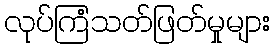
လုပ်ကြံသတ်ဖြတ်မှုများ